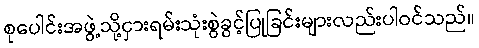
စုပေါင်းအဖွဲ့သို့ငှားရမ်းသုံးစွဲခွင့်ပြုခြင်းများလည်းပါဝင်သည်။